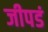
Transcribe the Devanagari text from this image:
जीपडं